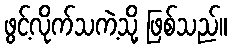
ဖွင့်လိုက်သကဲ့သို့ ဖြစ်သည်။